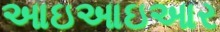
આઇઆઇઆર